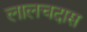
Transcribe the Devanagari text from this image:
लालचदास